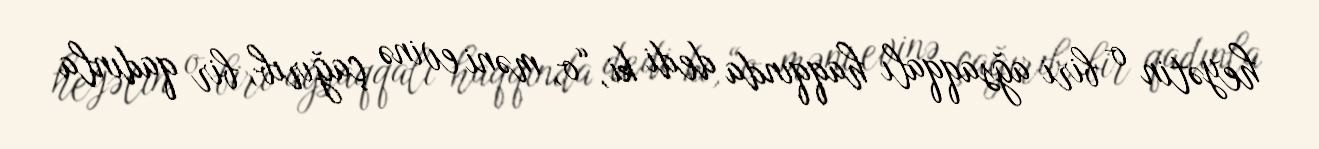
heyətin o biri ağsaqqalı haqqında dedi ki, “o, məni evinə çağırıb, bir qadınla